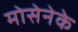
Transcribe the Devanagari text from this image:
मोसेनेके